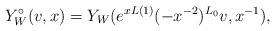
LaTeX: \begin{align*}Y^{\circ}_W(v,x) = Y_W(e^{xL(1)}(-x^{-2})^{L_0}v, x^{-1}),\end{align*}